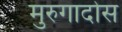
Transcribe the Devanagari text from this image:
मुरुगादोस